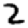
Digit: 2